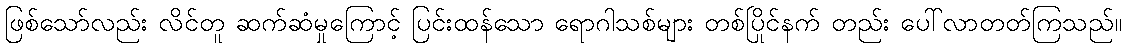
ဖြစ်သော်လည်း လိင်တူ ဆက်ဆံမှုကြောင့် ပြင်းထန်သော ရောဂါသစ်များ တစ်ပြိုင်နက် တည်း ပေါ်လာတတ်ကြသည်။